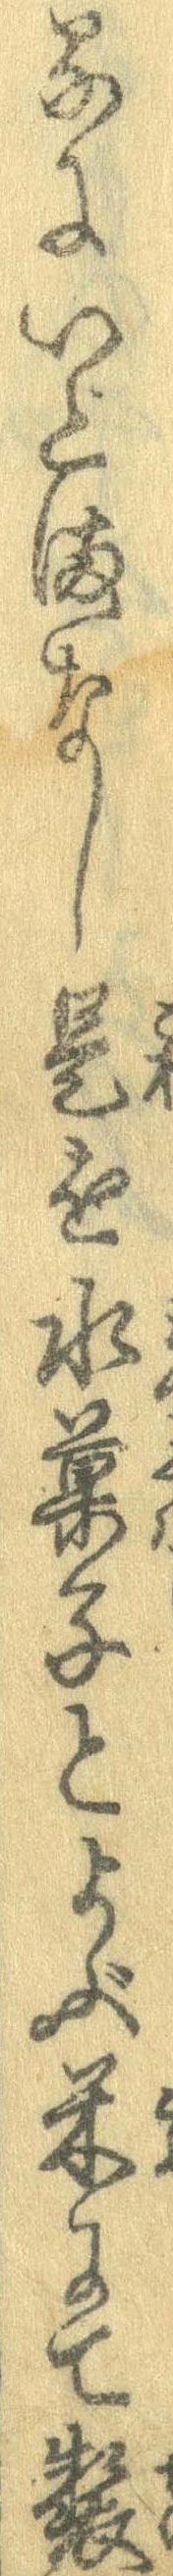
るにいとまなし是を水菓子とよぶ米にて製